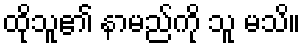
ထိုသူ၏ နာမည်ကို သူ မသိ။